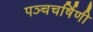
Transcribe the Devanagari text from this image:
पञ्चचर्षिणी